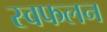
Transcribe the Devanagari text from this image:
स्वफलन